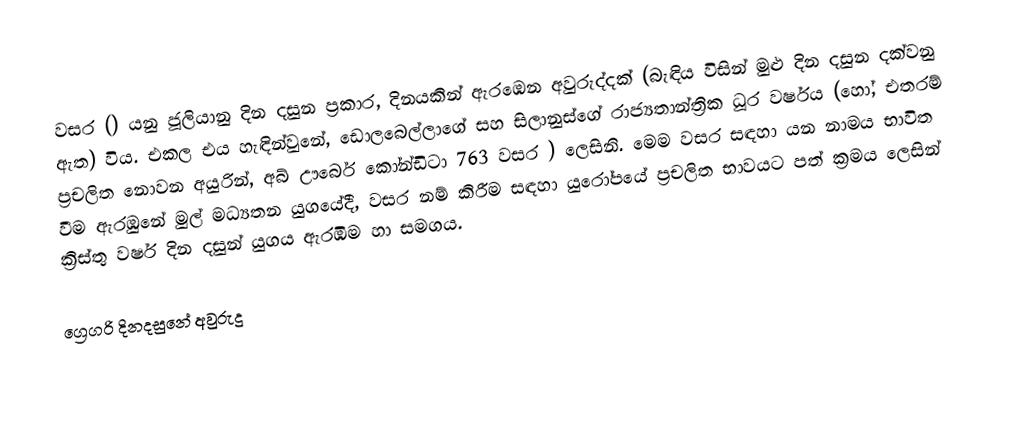

වසර   () යනු  ජූලියානු දින දසුන ප්‍රකාර,    දිනයකින් ඇරඹෙන  අවුරුද්දක්   (බැඳිය විසින් මුළු දින දසුන දක්වනු ඇත)  විය. එකල එය හැඳින්වුනේ, ඩොලබෙල්ලාගේ සහ  සිලානුස්ගේ  රාජ්‍යතාන්ත්‍රික  ධූර වර්ෂය  (හෝ, එතරම් ප්‍රචලිත නොවන අයුරින්,  අබ් ඌර්බෙ කෝන්ඩිටා 	763	  වසර  ) ලෙසිනි. මෙම වසර සඳහා   යන නාමය භාවිත වීම ඇරඹුනේ මුල් මධ්‍යතන යුගයේදී, වසර නම් කිරීම සඳහා යුරෝපයේ ප්‍රචලිත භාවයට පත් ක්‍රමය ලෙසින් ක්‍රිස්තු වර්ෂ දින දසුන් යුගය ඇරඹීම හා සමගය.

ග්‍රෙගරි දිනදසුනේ අවුරුදු